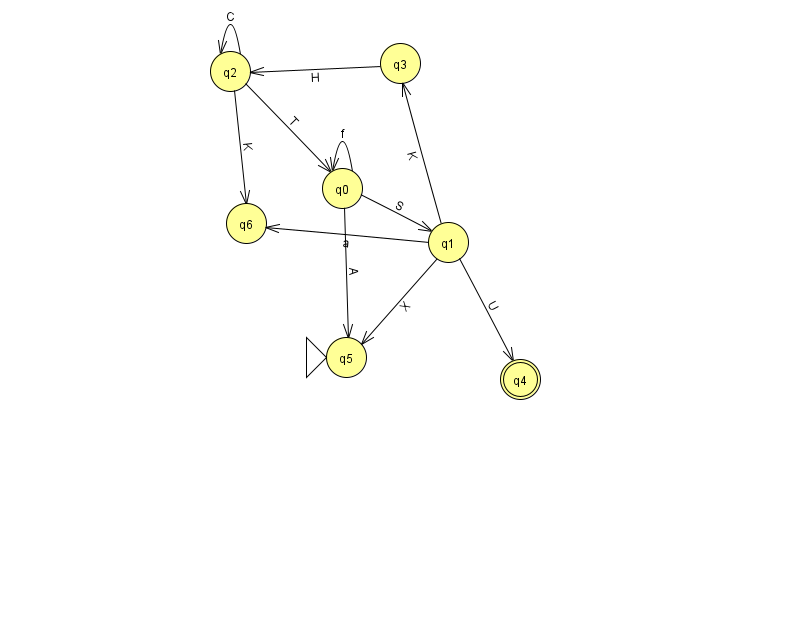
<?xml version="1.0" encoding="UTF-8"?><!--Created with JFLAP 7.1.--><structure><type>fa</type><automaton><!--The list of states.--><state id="0" name="q0"><x>342.0</x><y>175.0</y></state><state id="1" name="q1"><x>448.0</x><y>229.0</y></state><state id="2" name="q2"><x>230.0</x><y>58.0</y></state><state id="3" name="q3"><x>400.0</x><y>50.0</y></state><state id="4" name="q4"><x>520.0</x><y>366.0</y><final/></state><state id="5" name="q5"><x>346.0</x><y>344.0</y><initial/></state><state id="6" name="q6"><x>246.0</x><y>210.0</y></state><!--The list of transitions.--><transition><from>1</from><to>4</to><read>U</read></transition><transition><from>2</from><to>2</to><read>C</read></transition><transition><from>0</from><to>0</to><read>f</read></transition><transition><from>1</from><to>6</to><read>a</read></transition><transition><from>0</from><to>5</to><read>A</read></transition><transition><from>1</from><to>3</to><read>K</read></transition><transition><from>2</from><to>6</to><read>K</read></transition><transition><from>1</from><to>5</to><read>X</read></transition><transition><from>3</from><to>2</to><read>H</read></transition><transition><from>2</from><to>0</to><read>T</read></transition><transition><from>0</from><to>1</to><read>S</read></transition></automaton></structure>